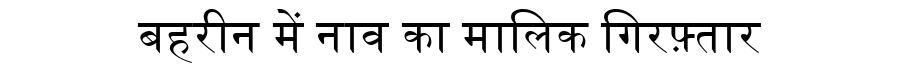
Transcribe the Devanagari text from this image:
बहरीन में नाव का मालिक गिरफ़्तार